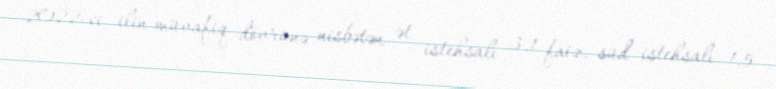
2022-ci ilin müvafiq dövrünə nisbətən ət istehsalı 3,1 faiz, süd istehsalı 1,5